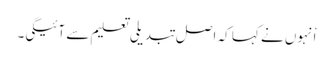
اْنہوں نے کہا کہ اصل تبدیلی تعلیم سے آئیگی۔